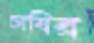
চাষির